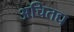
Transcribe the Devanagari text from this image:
अचितद्य